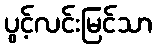
ပွင့်လင်းမြင်သာ